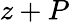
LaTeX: z+P